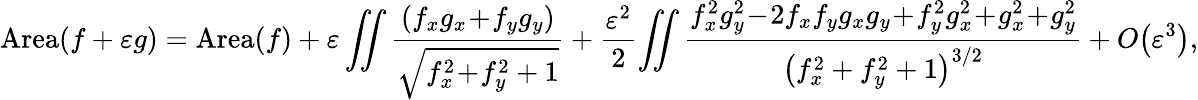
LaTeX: \mathrm{Area}(f+\varepsilon g)=\mathrm{Area}(f)+\varepsilon\iint\frac{(f_{x}g_{x}\! +\! f_{y}g_{y})}{\sqrt{f_{x}^{2}\! +\! f_{y}^{2}+1}}+\frac{\varepsilon^{2}}2\! \iint\frac{f_{x}^{2}g_{y}^{2}\! -\! 2f_{x}f_{y}g_{x}g_{y}\! +\! f_{y}^{2}g_{x}^{2}\! +\! g_{x}^{2}\! +\! g_{y}^{2}}{\left(f_{x}^{2}+f_{y}^{2}+1\right)^{3/2}}+O\big(\varepsilon^{3}\big),